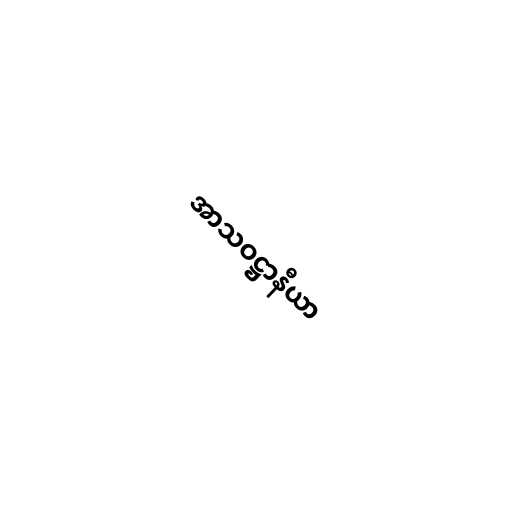
အာသဝဋ္ဌာနီယာ